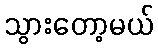
သွားတော့မယ်